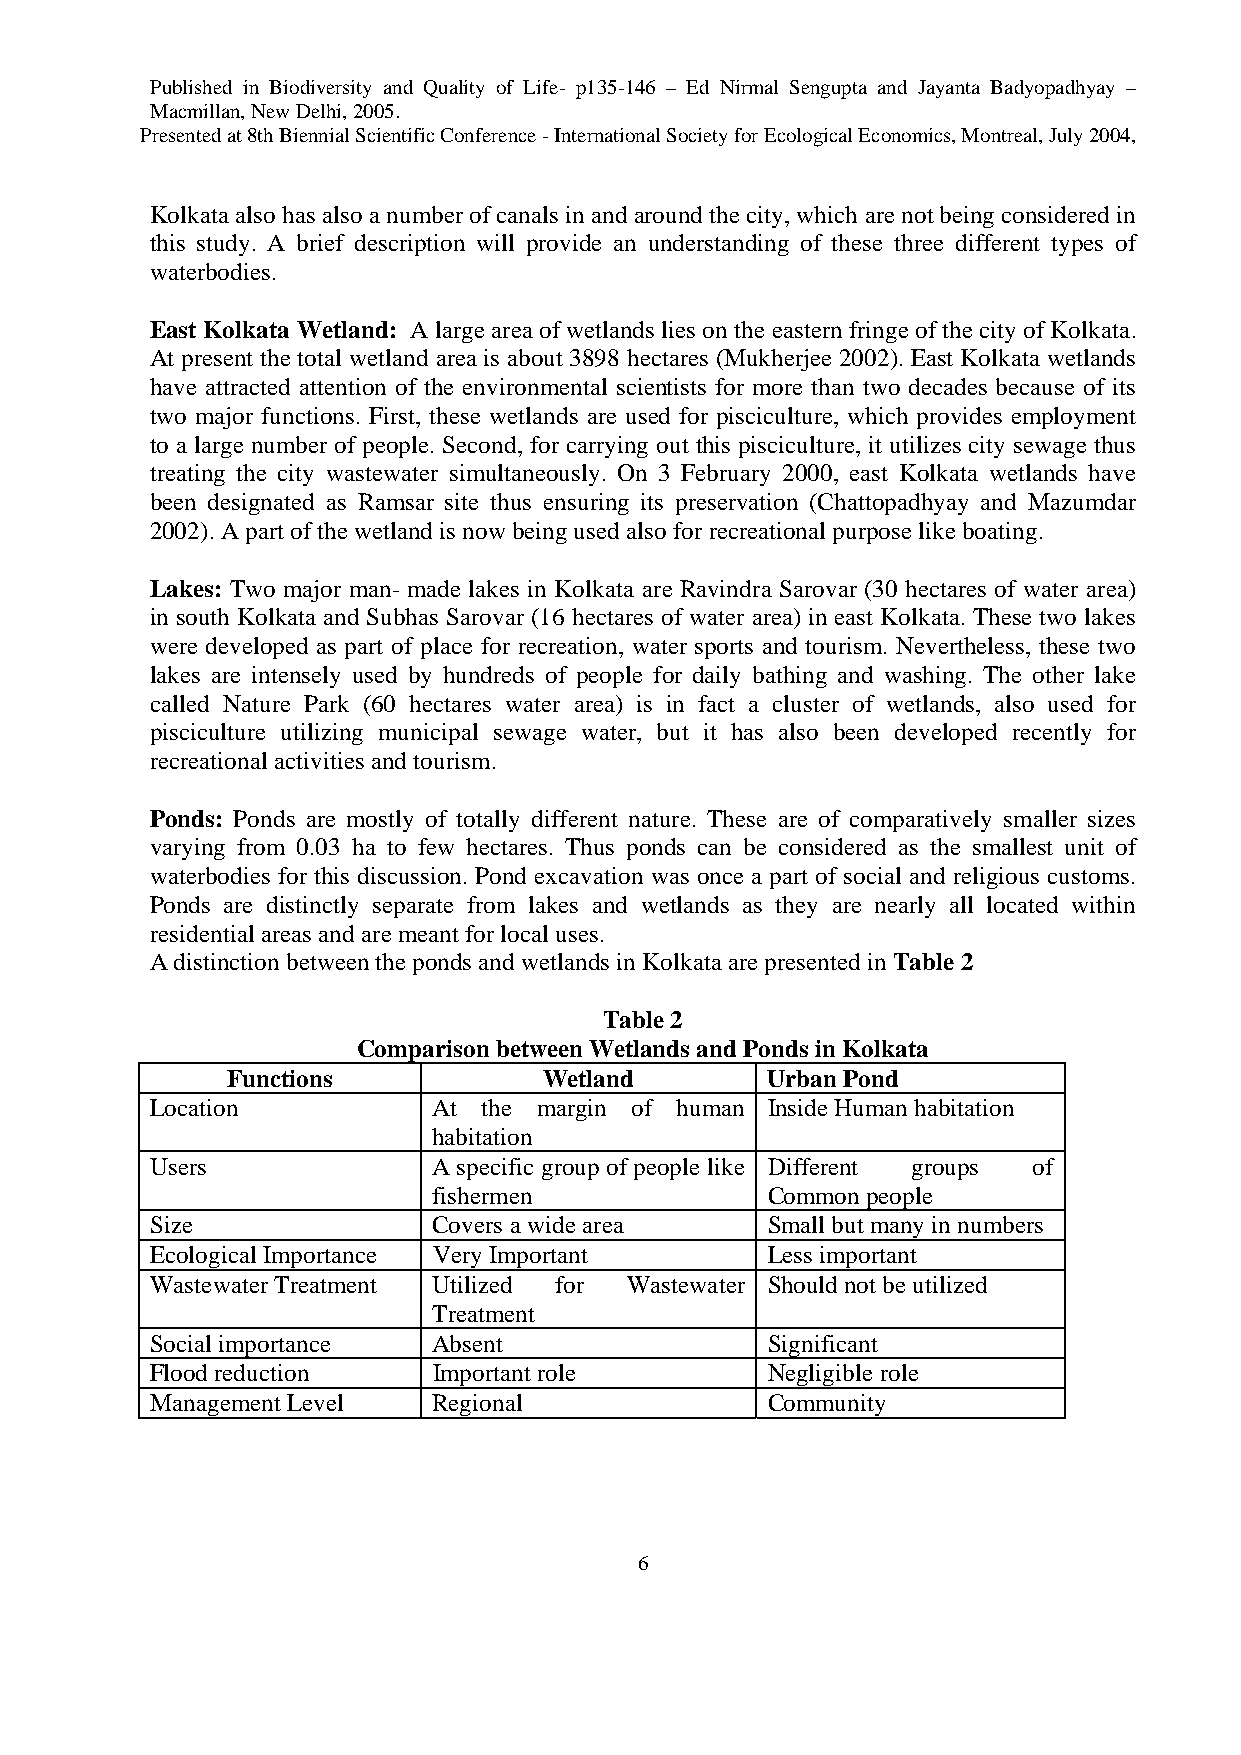
Published in Biodiversity and Quality of Life- p135-146 – Ed Nirmal Sengupta and Jayanta Badyopadhyay –
 Macmillan, New Delhi, 2005.
 Presented at 8th Biennial Scientific Conference - International Society for Ecological Economics, Montreal, July 2004,
 Kolkata also has also a number of canals in and around the city, which are not being considered in
 this study. A brief description will provide an understanding of these three different types of
 waterbodies.
 East Kolkata Wetland: A large area of wetlands lies on the eastern fringe of the city of Kolkata.
 At present the total wetland area is about 3898 hectares (Mukherjee 2002). East Kolkata wetlands
 have attracted attention of the environmental scientists for more than two decades because of its
 two major functions. First, these wetlands are used for pisciculture, which provides employment
 to a large number of people. Second, for carrying out this pisciculture, it utilizes city sewage thus
 treating the city wastewater simultaneously. On 3 February 2000, east Kolkata wetlands have
 been designated as Ramsar site thus ensuring its preservation (Chattopadhyay and Mazumdar
 2002). A part of the wetland is now being used also for recreational purpose like boating.
 Lakes: Two major man- made lakes in Kolkata are Ravindra Sarovar (30 hectares of water area)
 in south Kolkata and Subhas Sarovar (16 hectares of water area) in east Kolkata. These two lakes
 were developed as part of place for recreation, water sports and tourism. Nevertheless, these two
 lakes are intensely used by hundreds of people for daily bathing and washing. The other lake
 called Nature Park (60 hectares water area) is in fact a cluster of wetlands, also used for
 pisciculture utilizing municipal sewage water, but it has also been developed recently for
 recreational activities and tourism.
 Ponds: Ponds are mostly of totally different nature. These are of comparatively smaller sizes
 varying from 0.03 ha to few hectares. Thus ponds can be considered as the smallest unit of
 waterbodies for this discussion. Pond excavation was once a part of social and religious customs.
 Ponds are distinctly separate from lakes and wetlands as they are nearly all located within
 residential areas and are meant for local uses.
 A distinction between the ponds and wetlands in Kolkata are presented in Table 2
 Table 2
 Comparison between Wetlands and Ponds in Kolkata
 Functions            Wetland        Urban Pond
 Location           At the margin of human Inside Human habitation
 habitation
 Users              A specific group of people like Different groups of
 fishermen             Common people
 Size               Covers a wide area    Small but many in numbers
 Ecological Importance Very Important     Less important
 Wastewater Treatment Utilized for Wastewater Should not be utilized
 Treatment
 Social importance  Absent                Significant
 Flood reduction    Important role        Negligible role
 Management Level   Regional              Community
 6